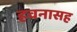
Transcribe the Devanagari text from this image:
हवनासह